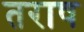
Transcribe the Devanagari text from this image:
तराष